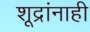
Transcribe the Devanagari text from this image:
शूद्रांनाही